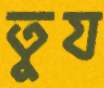
তুয